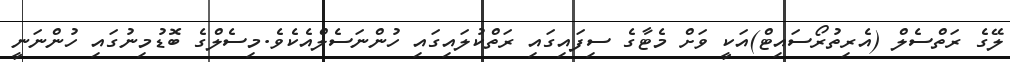
ލޭގެ ރަތްސެލް (އެރިތުރޯސައިޓް)އަކީ ވަށް މެޓާގެ ސިފައިގައި ރަތްކުލައިގައި ހުންނަސެލްއެކެވެ.މިސެލްގެ ބޮޑުމިނުގައި ހުންނަނީ